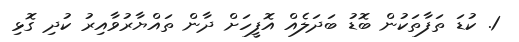
1. ކުޑަ ތަފާތަކުން ބޮޑު ބަދަލެއް އޮފީހަށް ދާން ތައްޔާރުވާއިރު ކުދި ގޮޅި